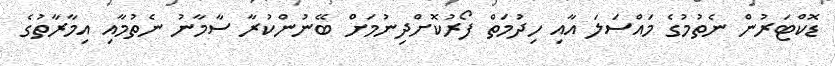
ޑޮކްޓަރުން ނެތުމުގެ މައްސަލަ އާއި ހިދުމަތް ފޯރުކޮށްދިނުމަށް ބޭނުންކުރާ ސާމާނު ނެތުމާއި އިމާރާތުގެ